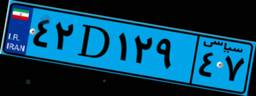
۴۲D۱۲۹۴۷